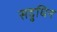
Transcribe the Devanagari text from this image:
सद्रुधिन